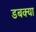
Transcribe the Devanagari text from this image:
डबक्या